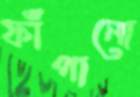
ফাঁপানো